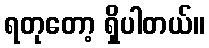
ရတုတော့ ရှိပါတယ်။